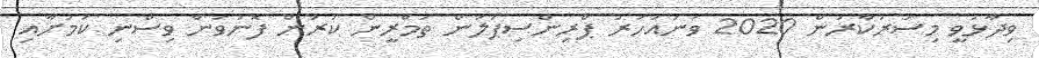
ވިދާޅުވީ މިސަރުކާރުން 2020 ވަނައަހަރު ޕްރިންސިޕަލުން ތަމްރީން ކުރަން ފޮނުވަން ވިސްނި ކަމަށާއި